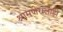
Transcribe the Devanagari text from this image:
श्रामणेरालाही